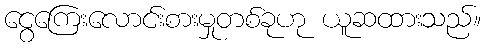
ငွေကြေးလောင်းစားမှုတစ်ခုဟု ယူဆထားသည်။